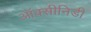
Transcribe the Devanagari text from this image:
ऑक्सीनिडी